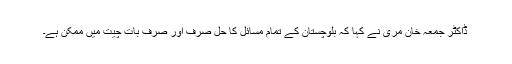
ڈاکٹر جمعہ خان مری نے کہا کہ بلوچستان کے تمام مسائل کا حل صرف اور صرف بات چیت میں ممکن ہے۔